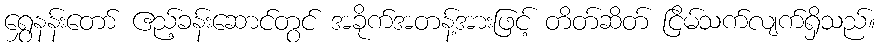
ရွှေနန်းတော် ဧည့်ခန်းဆောင်တွင် အခိုက်အတန့်အားဖြင့် တိတ်ဆိတ် ငြိမ်သက်လျက်ရှိသည်။